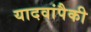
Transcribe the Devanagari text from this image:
यादवांपैकी